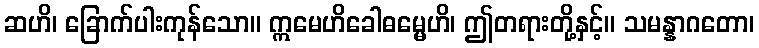
ဆဟိ၊ ခြောက်ပါးကုန်သော။ ဣမေဟိခေါဓမ္မေဟိ၊ ဤတရားတို့နှင့်။ သမန္နာဂတော၊